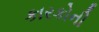
કારકોની